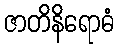
ဇာတိနိရောဓံ